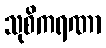
သုစိကရဏာ